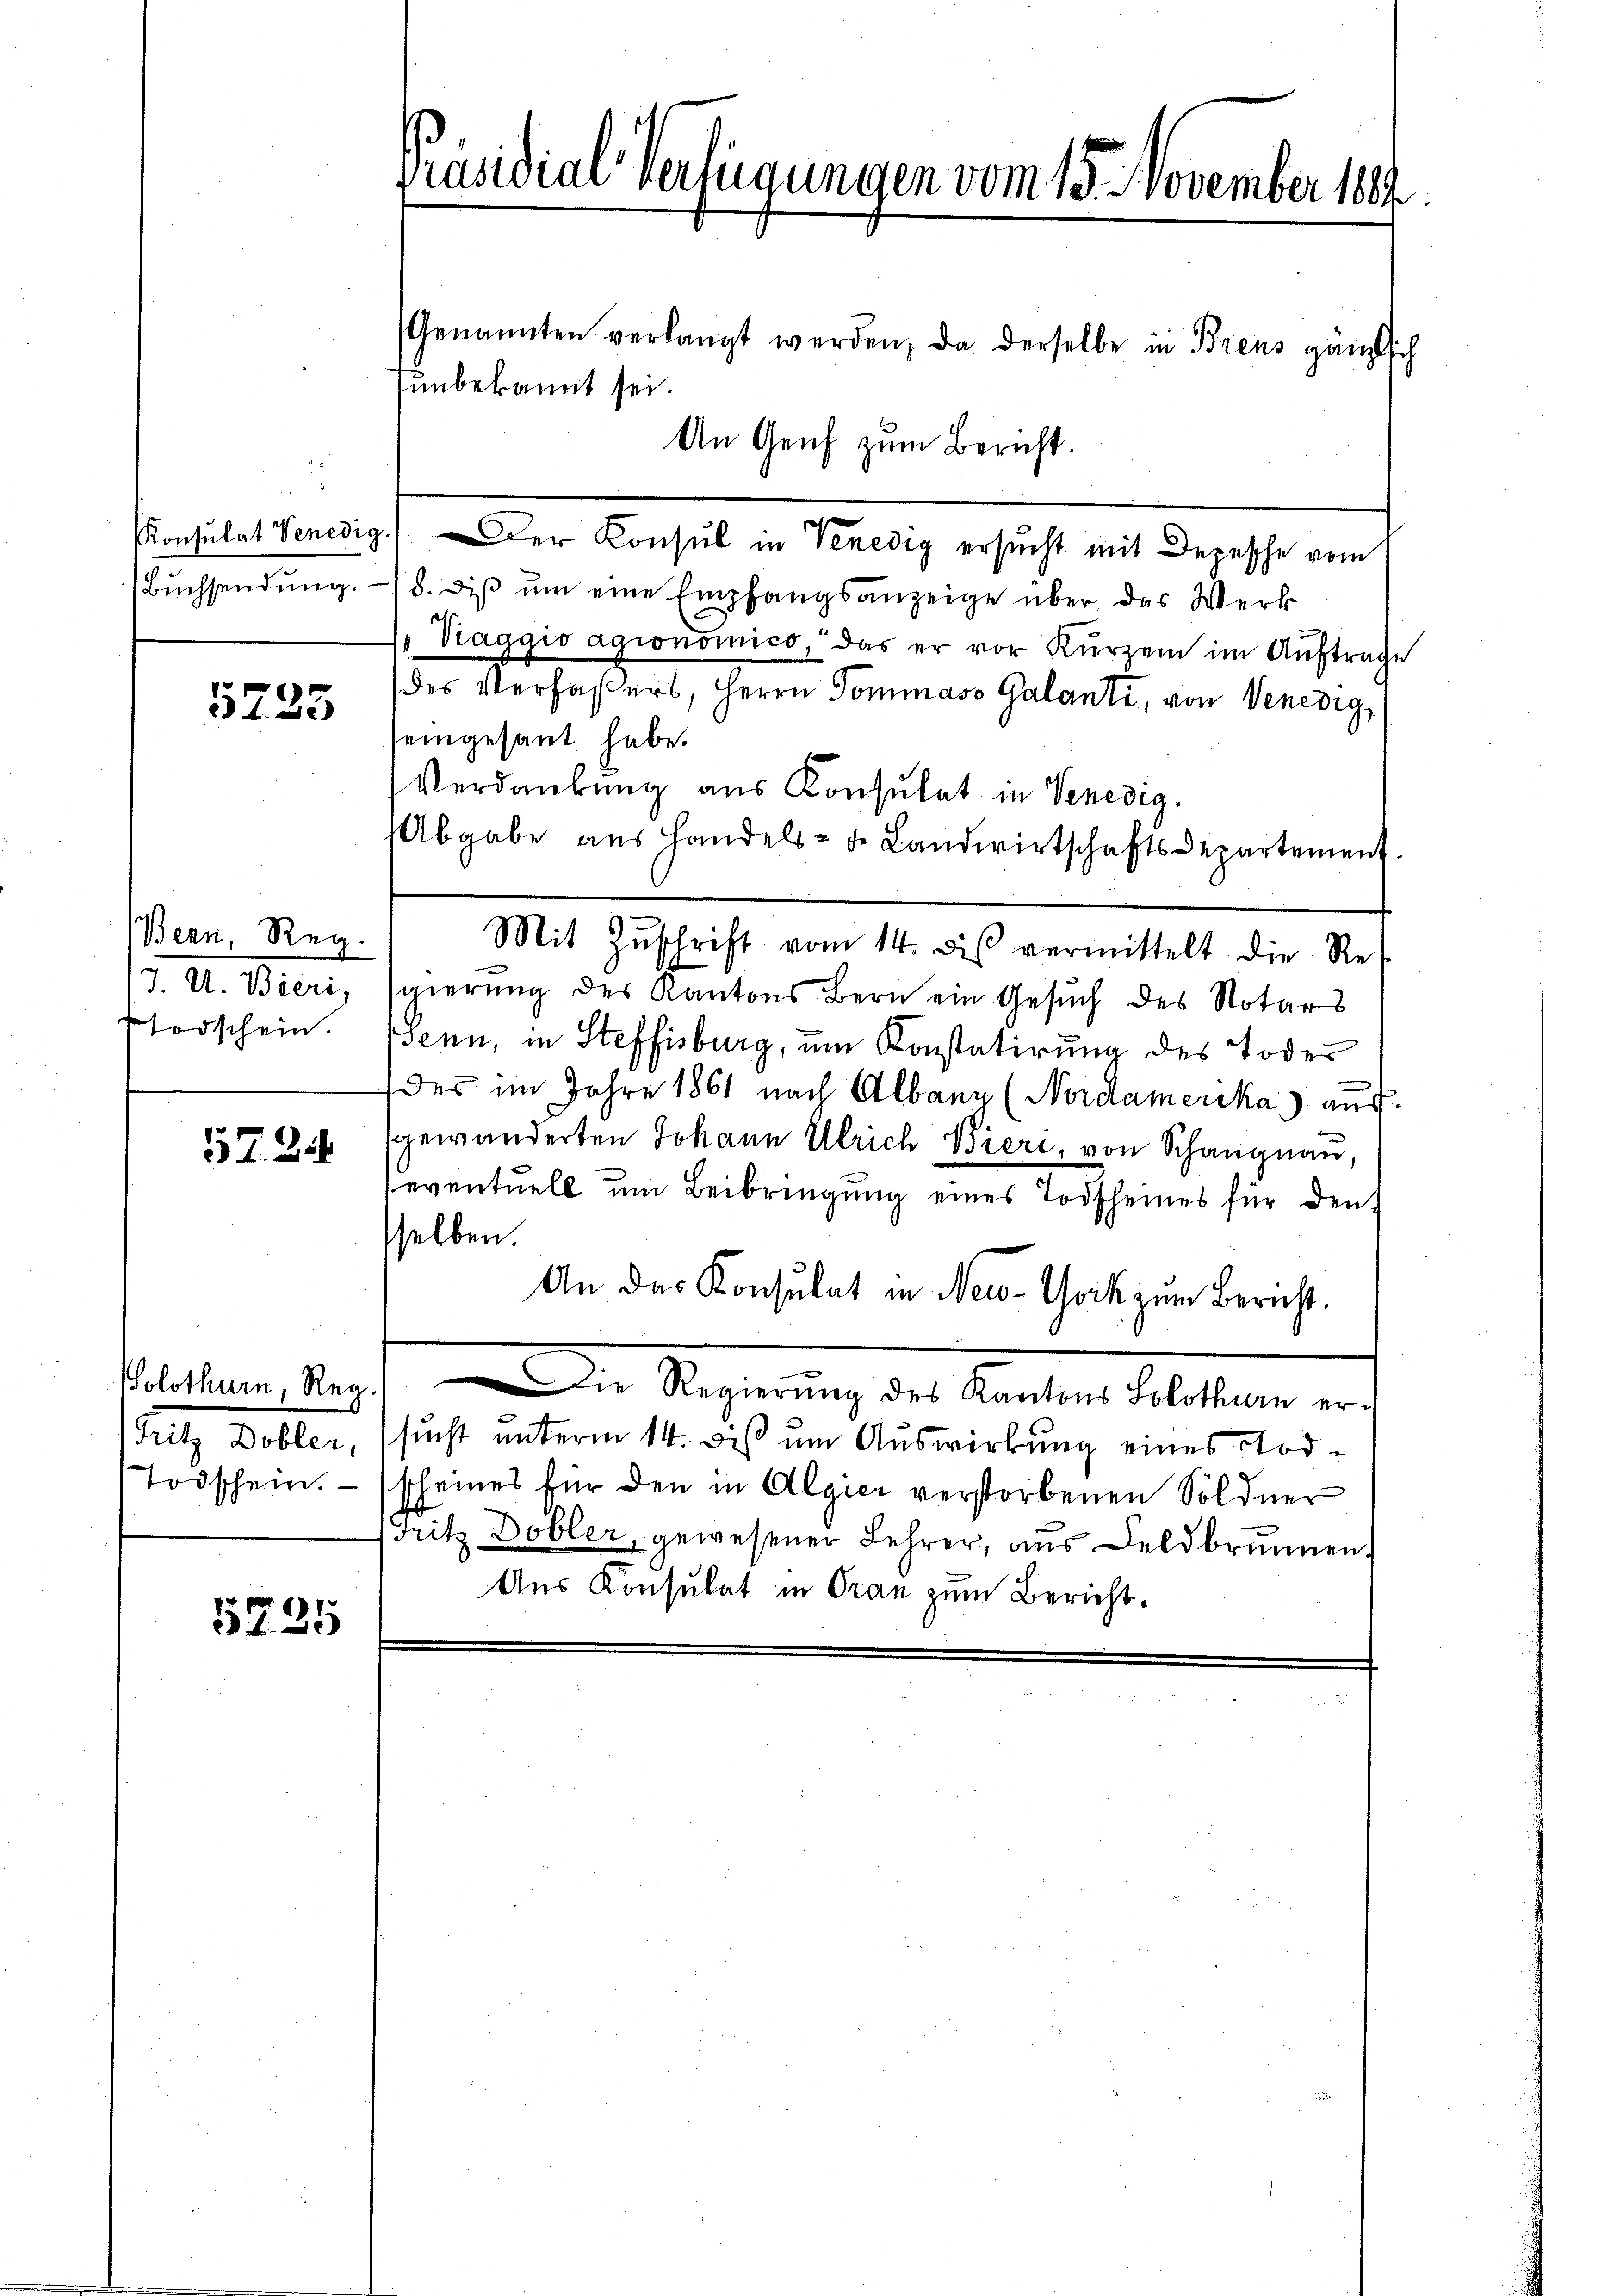
i

235

Bern, Reg.
J. U. Bieri,
Todschein.

5734

Solothurn, Reg
Fritz Dobler,
Todschein.

5735

Präsidialverfügungen vom 15. November 1884.

Genannten verlangt werden, da derselbe in Brens gänzlich
unbekannt sei.
An Genf zum Bericht.
Konsulat Venedig.) Der Konsul in Venedig ersucht mit Depesche vom
Bŭchsendŭng. - 5. diβ ŭm eine Empfangsanzeige über das Werk
e
naggio agionomico, das er vor Kurzem im Auftrage
des Verfaßers, Herrn Pommaso Galanti, von Venedig,
seingesant habe.
Verdankung aus Konsulat in Venedig.
(Abgabe aus Handels- de Landwirtschaftsdepartement.
Mit Zŭschrift vom 14. des vermittelt die Re-
gierung des Kantons Bern ein Gesuch des Notars
senn, in Steffisburg, um Konstatirung des Todes
des im Jahre 1861 nach Albang (Nordamerika) auf
gewänderten Johann Ulrich Bieri, von Schangnau,
seventuell um Beibringung eines Todscheines für den
sselben.
An das Konsulat in New-York zum Bericht.
Die Regierung des Kanton Stellen, auf
sucht unterm 14. dis um Auswirkung eines Todscheines für den in Algier verstorbenen Söldner
ritz Dobler, gewesener Lehrer, aus Feldbrunnen.
Aus Konsulat in Oran zum Bericht.